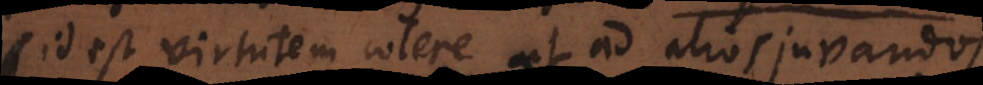
(id est virtutem colere ut ad alios juvandos